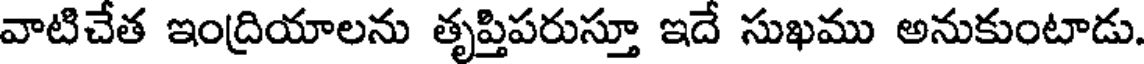
వాటిచేత ఇంద్రియాలను తృప్తిపరుస్తూ ఇదే సుఖము అనుకుంటాడు.